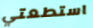
استطعتي